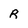
Character: R